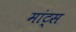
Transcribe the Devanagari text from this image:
मांट्स